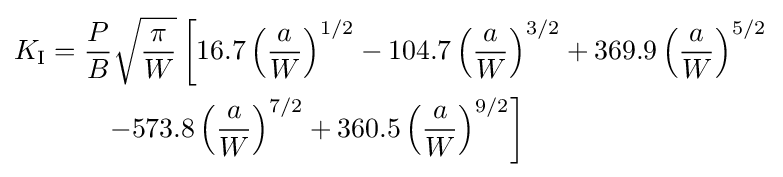
{\begin{aligned}K_{\rm {I}}&={\frac {P}{B}}{\sqrt {\frac {\pi }{W}}}\left[16.7\left({\frac {a}{W}}\right)^{1/2}-104.7\left({\frac {a}{W}}\right)^{3/2}+369.9\left({\frac {a}{W}}\right)^{5/2}\right.\\&\qquad \left.-573.8\left({\frac {a}{W}}\right)^{7/2}+360.5\left({\frac {a}{W}}\right)^{9/2}\right]\end{aligned}}